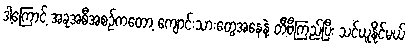
ဒါ့ကြောင့် အခုအစီအစဉ်ကတော့ ကျောင်းသားတွေအနေနဲ့ တီဗီကြည့်ပြီး သင်ယူနိုင်မယ်